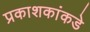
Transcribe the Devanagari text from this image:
प्रकाशकांकडे